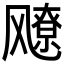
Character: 𬲅